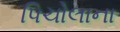
પિચોલાના